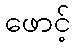
ဖောင့်